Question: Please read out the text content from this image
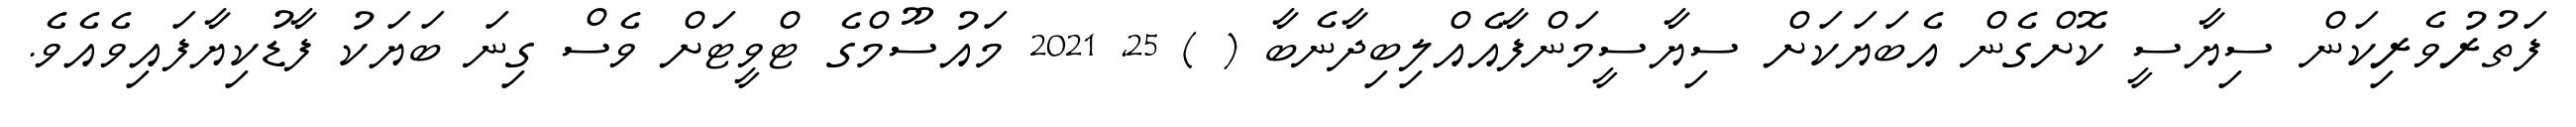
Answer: ފަތުރުވެރިކަން ސިޔާސީ ކޮށްގެން އެބަޔަކަށް ސިޔާސީމަންފާއެއްލިބިދާނެބާ ( ) 25, 2021 މައުސޫމްގެ ޓްވީޓަށް ވެސް ގިނަ ބަޔަކު ފާޑުކިޔާފައިވެއެވެ.